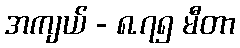
အကျယ် - ၈.၇၅ မီတာ